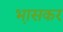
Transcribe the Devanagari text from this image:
भ़ासकर